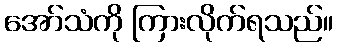
အော်သံကို ကြားလိုက်ရသည်။